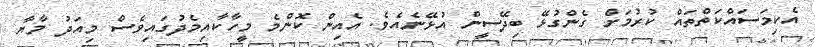
އެކިމަސައްކަތްތައް ކުރުމަށް ގެންގުޅޭ ބިދޭސީން އުޅޭނެއެވެ. އެއިން ކޮންމެ މީހާކާއިމެދުގައިވެސް މިއަދު މާޔާ